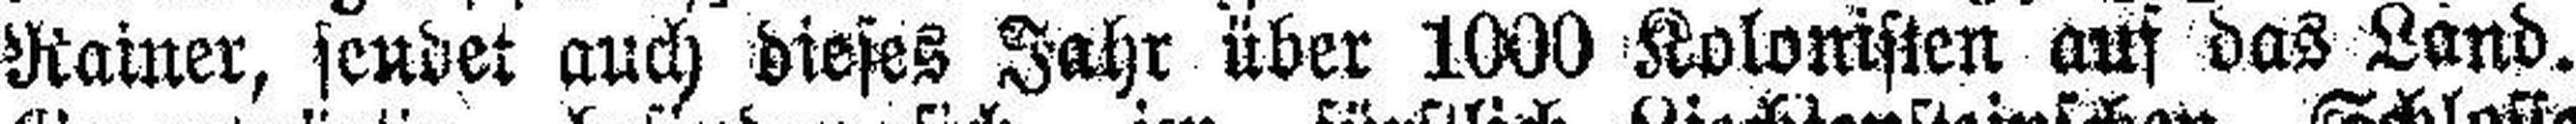
Rainer, sendet auch dieses Jahr über 1000 Kolonisten auf das Land.